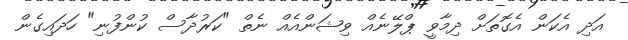
އަދި އެކަން އެގޮތަށް ދިމާވީ ޕްލޭނެއް ވިޝަންއެއް ނެތް "ކަރުދާސް ކުންފުނި" ހަދައިގެން